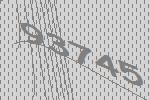
93745